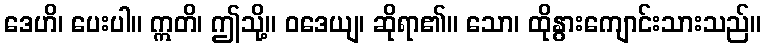
ဒေဟိ၊ ပေးပါ။ ဣတိ၊ ဤသို့။ ဝဒေယျ၊ ဆိုရာ၏။ သော၊ ထိုနွားကျောင်းသားသည်။